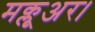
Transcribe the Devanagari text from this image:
मक्लूअर।